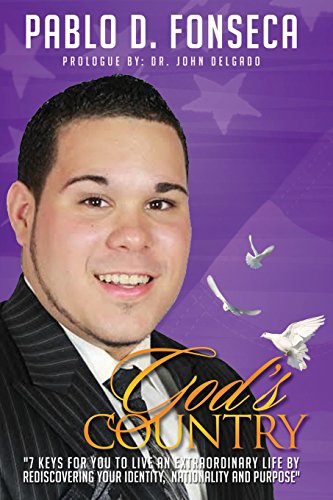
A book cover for God's Country; Pablo David Fonseca; Christian Books & Bibles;